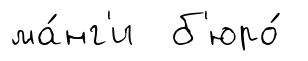
ма́нг'и б'юро́